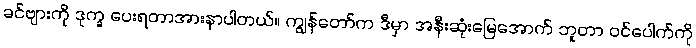
ခင်ဗျားကို ဒုက္ခ ပေးရတာအားနာပါတယ်။ ကျွန်တော်က ဒီမှာ အနီးဆုံးမြေအောက် ဘူတာ ဝင်ပေါက်ကို